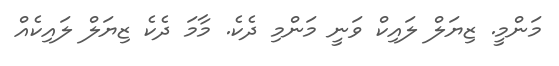
މަންމީ. ޒިޔަލް ލައިކް ވަނީ މަންމި ދެކެ. މާމަ ދެކެ ޒިޔަލް ލައިކެއް